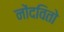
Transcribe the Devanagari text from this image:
नोंदवितो